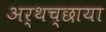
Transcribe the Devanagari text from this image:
अर्थच्छाया